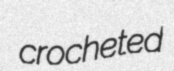
crocheted